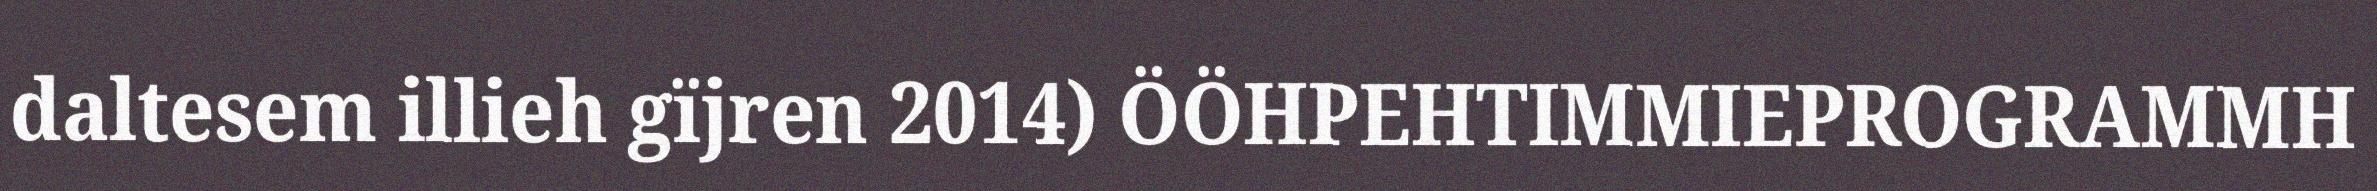
daltesem illieh gïjren 2014) ÖÖHPEHTIMMIEPROGRAMMH